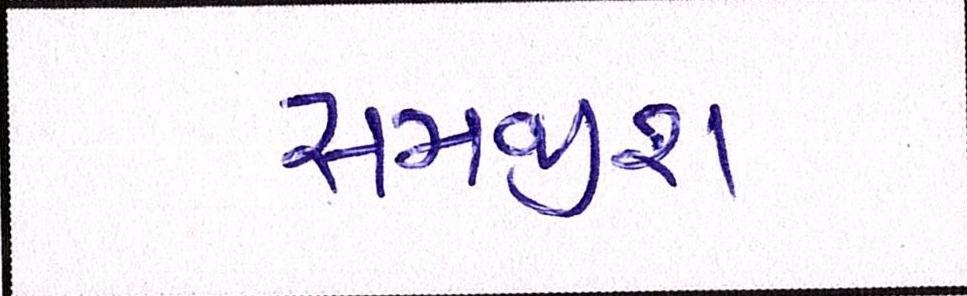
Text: સમજીશ